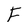
Character: F